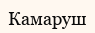
Камаруш